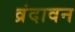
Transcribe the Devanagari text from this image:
व्रंदावन